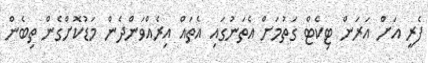
ފެރީ އަށް އަރަން ޓިކެޓް ގަތުމަށް އެތަނުގައި އެތައް އިރެއްވަންދެން މަޑުކޮށްގެން ތިބެން